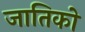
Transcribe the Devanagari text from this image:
जातिको